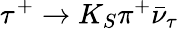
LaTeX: \tau^{+}\to K_{S}\pi^{+}\bar{\nu}_{\tau}